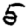
Digit: 5